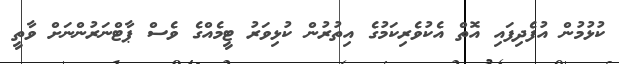
ކުޅުމުން އުފެދިފައި އޮތް އެކުވެރިކަމުގެ އިތުރުން ކުޅިވަރު ޓީމެއްގެ ވެސް ޕާޓްނަރުންނަށް ވާތީ